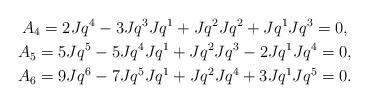
LaTeX: \begin{gather*} A_4 = 2Jq^4-3Jq^3Jq^1+Jq^2Jq^2+Jq^1Jq^3=0, \\A_5 = 5Jq^5-5Jq^4Jq^1+Jq^2Jq^3-2Jq^1Jq^4=0, \\A_6 = 9Jq^6-7Jq^5Jq^1+Jq^2Jq^4+3Jq^1Jq^5=0.\end{gather*}